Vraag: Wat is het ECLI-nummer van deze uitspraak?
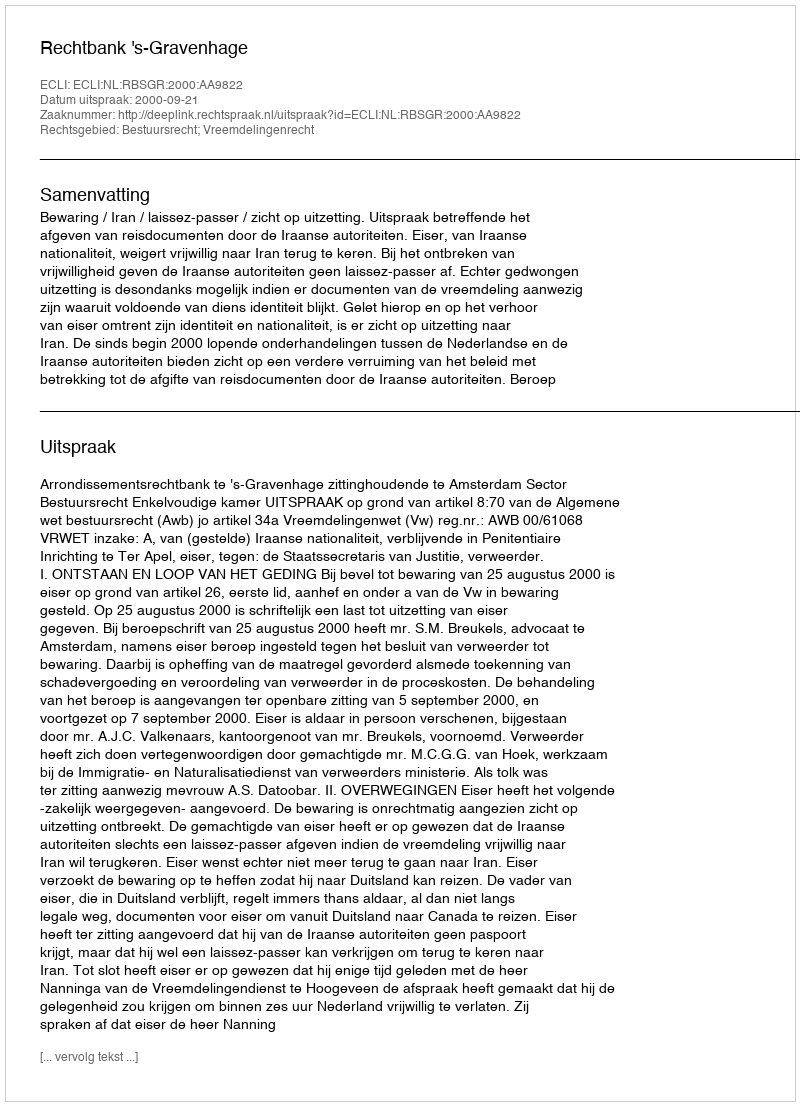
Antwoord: ECLI:NL:RBSGR:2000:AA9822